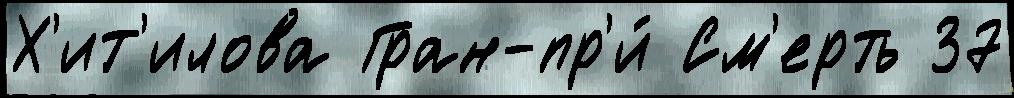
Х'ит'илова Гран-пр'и́ См'ерть 37